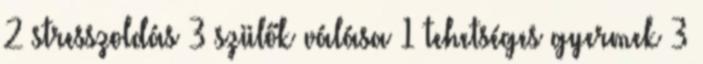
2 stresszoldás 3 szülők válása 1 tehetséges gyermek 3